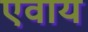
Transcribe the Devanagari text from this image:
एवाय